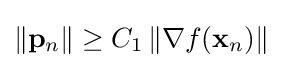
\|\mathbf {p} _{n}\|\geq C_{1}\,\|\nabla f(\mathbf {x} _{n})\|